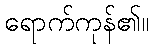
ရောက်ကုန်၏။